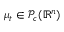
\mu _ { t } \in \mathcal P _ { c } ( \mathbb { R } ^ { n } )